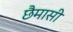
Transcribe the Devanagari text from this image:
छैमासी